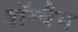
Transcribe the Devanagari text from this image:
बॉम्बैम